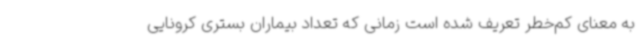
به معنای کم‌خطر تعریف شده است زمانی که تعداد بیماران بستری کرونایی